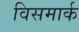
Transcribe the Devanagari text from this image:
विसमार्क